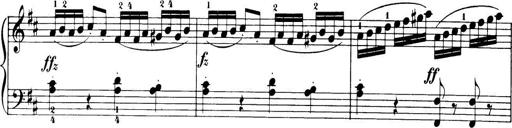
Title: 32 Sonatinas and Rondos for the Piano
Composer: Richard Kleinmichel